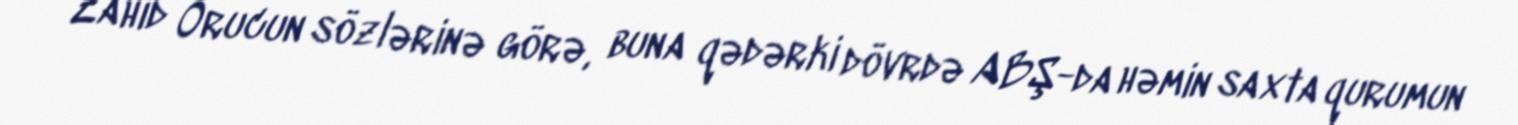
Zahid Orucun sözlərinə görə, buna qədərki dövrdə ABŞ-da həmin saxta qurumun